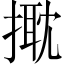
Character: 𢲠